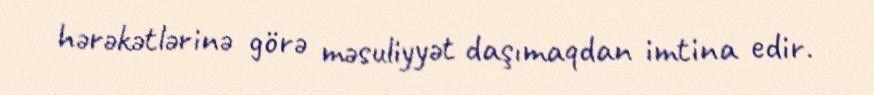
hərəkətlərinə görə məsuliyyət daşımaqdan imtina edir.